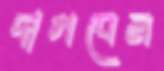
দাগবেন